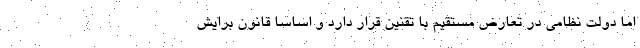
اما دولت نظامی در تعارض مستقیم با تقنین قرار دارد و اساسا قانون برایش